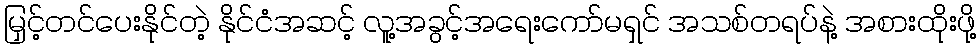
မြှင့်တင်ပေးနိုင်တဲ့ နိုင်ငံအဆင့် လူ့အခွင့်အရေးကော်မရှင် အသစ်တရပ်နဲ့ အစားထိုးဖို့